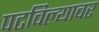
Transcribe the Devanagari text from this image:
पटविल्यावर